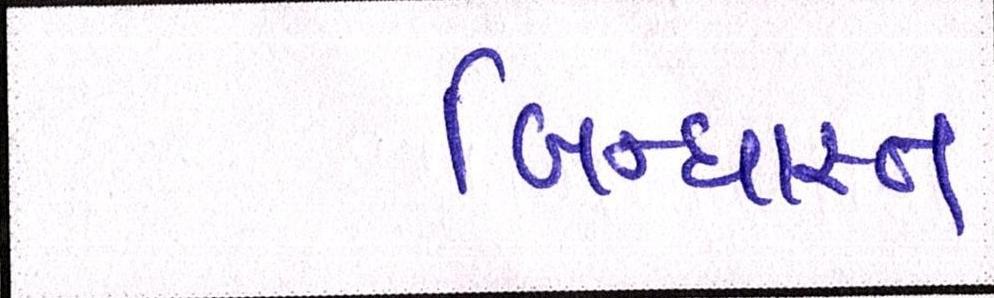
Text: બિન્ધાસ્ત